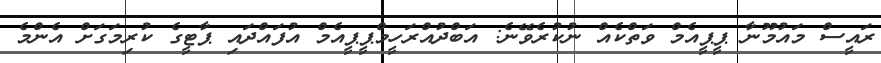
ރައީސް މައުމޫނާ ޕީޕީއެމް ވަތްކެއް ނުކުރެވޭނެ: އަބްދުއްރަހީމްޕީޕީއެމް އުފައްދައި ޕާޓީގެ ކުރިމަގަށް އެންމެ